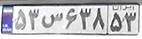
۵۳س۶۳۸۵۳